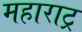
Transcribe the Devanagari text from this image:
महाराट्र